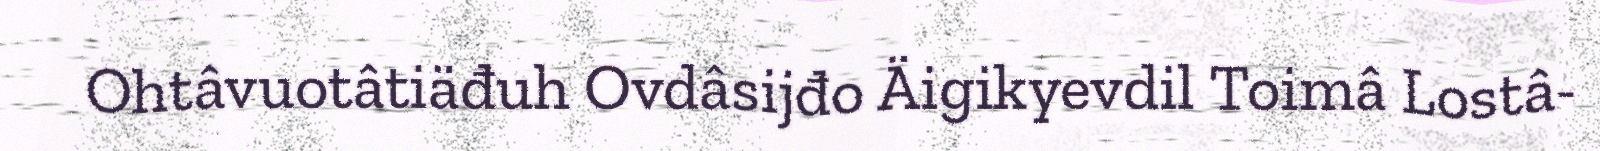
Ohtâvuotâtiäđuh Ovdâsijđo Äigikyevdil Toimâ Lostâ-